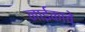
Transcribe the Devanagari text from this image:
नाईकाचे